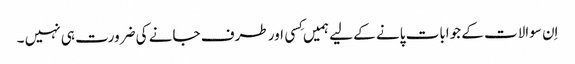
اِن سوالات کے جوابات پانے کے لیے ہمیں کِسی اور طرف جانے کی ضرورت ہی نہیں ۔